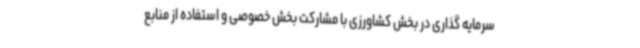
سرمایه گذاری در بخش کشاورزی با مشارکت بخش خصوصی و استفاده از منابع